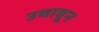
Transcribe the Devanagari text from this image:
उचावून